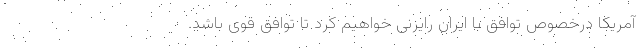
آمریکا درخصوص توافق با ایران رایزنی خواهیم کرد تا توافق قوی باشد.